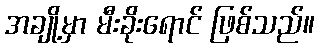
အချို့မှာ မီးခိုးရောင် ဖြစ်သည်။